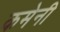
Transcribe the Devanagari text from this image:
कमेनी